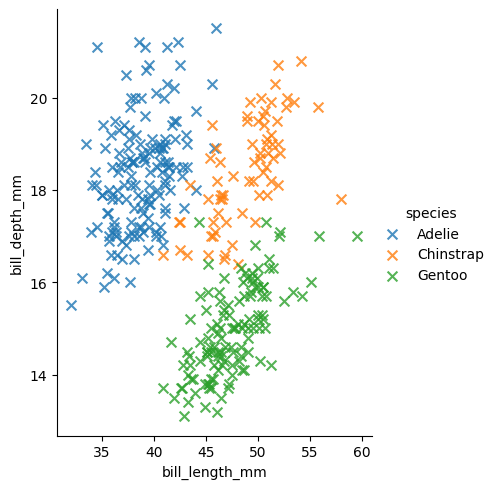
python, seaborn, lmplot, aspect=0.8, order=1, markers='x'